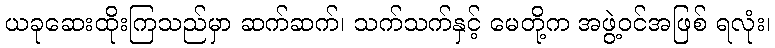
ယခုဆေးထိုးကြသည်မှာ ဆက်ဆက်၊ သက်သက်နှင့် မေတို့က အဖွဲ့ဝင်အဖြစ် ရလုံး၊